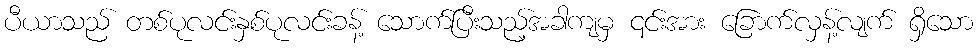
ပီယာသည် တစ်ပုလင်းနှစ်ပုလင်းခန့် သောက်ပြီးသည့်အခါကျမှ ၎င်းအား ခြောက်လှန့်လျက် ရှိသော